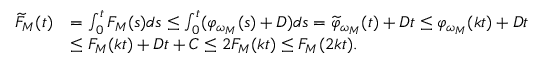
\begin{array} { r l } { \widetilde { F } _ { M } ( t ) } & { = \int _ { 0 } ^ { t } F _ { M } ( s ) d s \le \int _ { 0 } ^ { t } ( \varphi _ { \omega _ { M } } ( s ) + D ) d s = \widetilde { \varphi } _ { \omega _ { M } } ( t ) + D t \le \varphi _ { \omega _ { M } } ( k t ) + D t } \\ & { \le F _ { M } ( k t ) + D t + C \le 2 F _ { M } ( k t ) \le F _ { M } ( 2 k t ) . } \end{array}